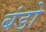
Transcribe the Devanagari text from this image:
बंडो